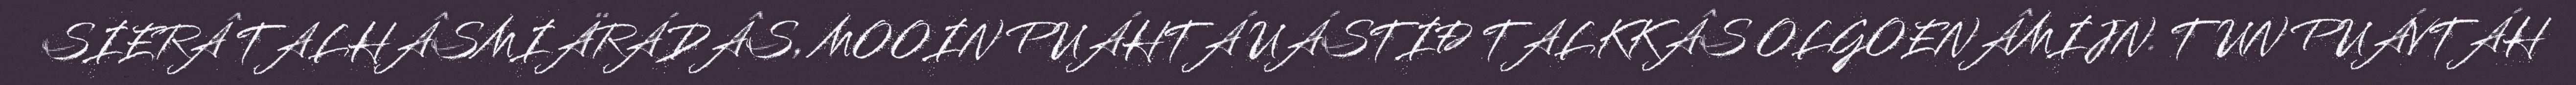
SIERÂ TALHÂSMIÄRÁDÂS, MOOIN PUÁHTÁ UÁSTIĐ TALKKÂS OLGOENÂMIJN. TUN PUÁVTÁH